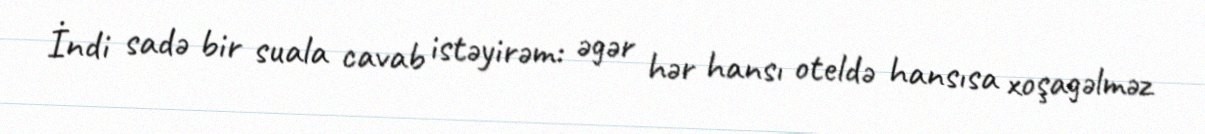
İndi sadə bir suala cavab istəyirəm: əgər hər hansı oteldə hansısa xoşagəlməz